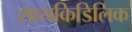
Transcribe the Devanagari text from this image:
सायकिडिलिक